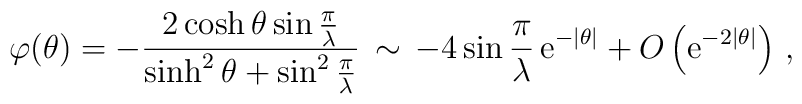
\varphi (\theta )=-\frac{2\cosh \theta \sin \frac{\pi }{\lambda }}{\sinh ^{2}\theta +\sin ^{2}\frac{\pi }{\lambda }}\, \sim \, -4\sin \frac{\pi }{\lambda }\, \mathrm{e}^{-\left| \theta \right| }+O\left( \mathrm{e}^{-2\left| \theta \right| }\right)\,,